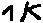
Text: 1K